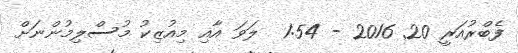
ފެބްރުއަރީ 20